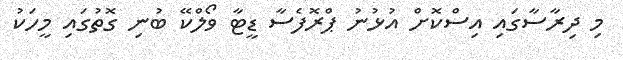
މި ދިރާސާގައި އިސްކޮށް އުޅުނު ޕްރޮފެސާ ޑީޓާ ވޯލްކޭ ބުނި ގޮތުގައި މީހަކު